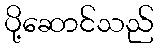
ပို့ဆောင်သည်